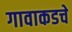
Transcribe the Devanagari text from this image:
गावाकडचे